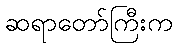
ဆရာတော်ကြီးက